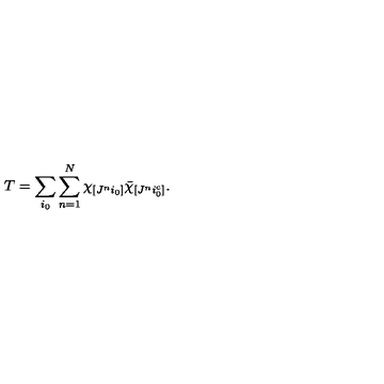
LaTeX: T = \sum _ { i _ { 0 } } \sum _ { n = 1 } ^ { N } \chi _ { [ J ^ { n } i _ { 0 } ] } \bar { \chi } _ { [ J ^ { n } i _ { 0 } ^ { c } ] } .